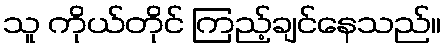
သူ ကိုယ်တိုင် ကြည့်ချင်နေသည်။